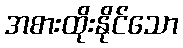
အစားထိုးနိုင်သော